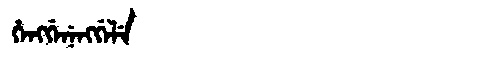
Manchu: ᡥᡝᠩᡤᡝᠨᡝᠩᡤᡝᠯᡝ
Romanization: HENGGENENGGELE